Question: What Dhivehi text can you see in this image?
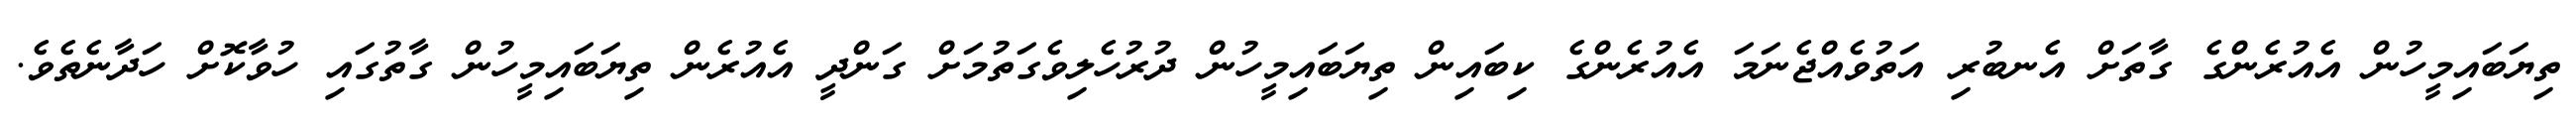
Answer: ތިޔަބައިމީހުން އެއުރެންގެ ގާތަށް އެނބުރި އަތުވެއްޖެނަމަ އެއުރެންގެ ކިބައިން ތިޔަބައިމީހުން ދުރުހެލިވެގަތުމަށް ގަންދީ އެއުރެން ތިޔަބައިމީހުން ގާތުގައި ހުވާކޮށް ހަދާނެތެވެ.